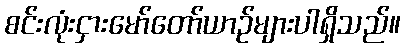
စင်းလုံးငှားမော်တော်ယာဉ်များပါရှိသည်။